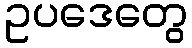
ဥပဒေတွေ